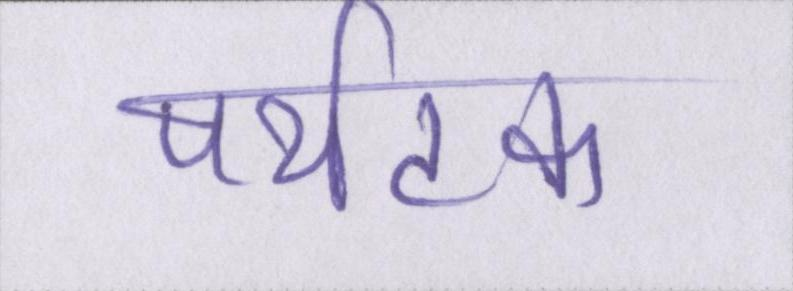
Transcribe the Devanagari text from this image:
पर्यटक